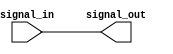
module LVCMOS_buffer (
    input wire signal_in,
    output reg signal_out
);

// Include proper timing considerations here

always @ (signal_in)
begin
    signal_out <= signal_in;
end

endmodule